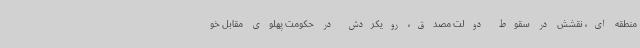
منطقه ای، نقشش در سقوط دولت مصدق، رویکردش در حکومت پهلوی مقابل خو